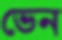
ভেন